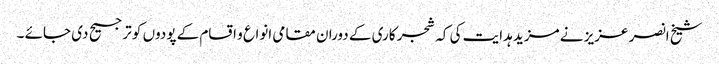
شیخ انصر عزیز نے مزید ہدایت کی کہ شجر کاری کے دوران مقامی انواع و اقسام کے پودوں کو ترجیح دی جائے ۔